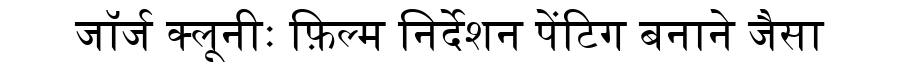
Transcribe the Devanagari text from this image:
जॉर्ज क्लूनीः फ़िल्म निर्देशन पेंटिग बनाने जैसा